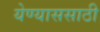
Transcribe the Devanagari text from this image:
येण्याससाठी